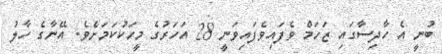
ބުނީ އެ ހާދިސާގައި ޒަހަމް ވެފައިވެފައިވަނީ 28 އަހަރުގެ މީހަކުކަމަށެވެ. އޭނާގެ ހާލު